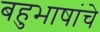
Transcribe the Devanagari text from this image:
बहुभाषांचे